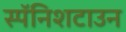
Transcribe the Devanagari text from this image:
स्पॅनिशटाउन